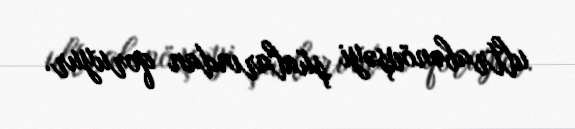
ultrabənövşəyi şüalarından qoruyur.